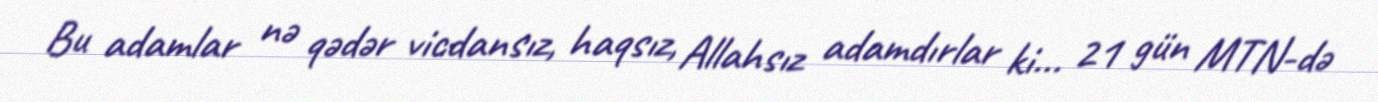
Bu adamlar nə qədər vicdansız, haqsız, Allahsız adamdırlar ki... 21 gün MTN-də